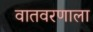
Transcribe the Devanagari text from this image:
वातवरणाला